画像に写った文字を読んでください
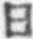
「日」と書いてあります